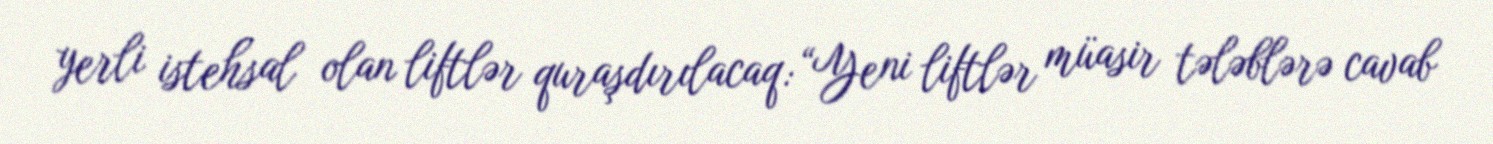
yerli istehsal olan liftlər quraşdırılacaq: “Yeni liftlər müasir tələblərə cavab